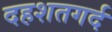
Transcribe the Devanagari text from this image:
दहशतगर्द